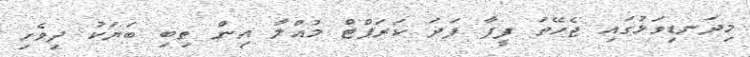
މިދަނޑިވަޅުގައި ޖެހޭތަ ފީފާ ފަދަ ކަރަޕްޓް މުއްލާ އިން ތިބި ބަޔަކު ދިވެހި